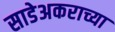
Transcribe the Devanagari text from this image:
साडेअकराच्या